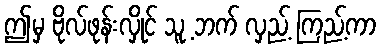
ဤမှ ဗိုလ်ဖုန်းလှိုင် သူ့ ဘက် လှည့် ကြည့်ကာ